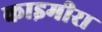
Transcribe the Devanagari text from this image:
काइमीरा